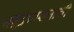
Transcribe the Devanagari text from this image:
समुद्रप्राशनाची